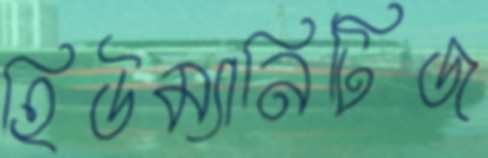
হিউম্যানিটিজ